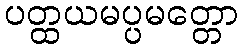
ပတ္ထယမပ္ပမတ္တော